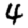
Digit: 4